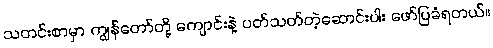
သတင်းစာမှာ ကျွန်တော်တို့ ကျောင်းနဲ့ ပတ်သတ်တဲ့ဆောင်းပါး ဖော်ပြခံရတယ်။